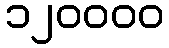
၁၂၀၀၀၀